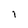
Character: i